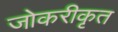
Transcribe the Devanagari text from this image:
जोकरीकृत